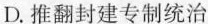
D.推翻封建专制统治